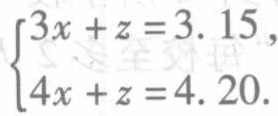
$\begin{cases}3x + z = 3.15,\\4x + z = 4.20.\end{cases}$